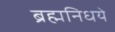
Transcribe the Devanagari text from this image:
ब्रह्मनिधये